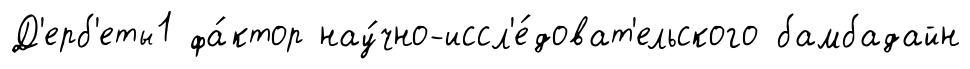
Д'ерб'еты1 фа́ктор нау́чно-иссл'е́доват'ельского бамбадайн